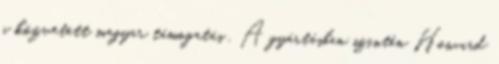
a közvetett magyar támogatás . A gyártásban szintén Howard